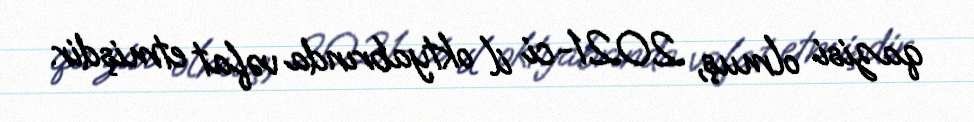
qazisi olmuş, 2021-ci il oktyabrında vəfat etmişdir.